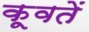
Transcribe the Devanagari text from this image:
कूवतें